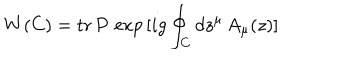
LaTeX: W ( C ) = \mathrm { t r } \, P \, \exp \, [ i g \oint _ { C } d z ^ { \mu } \, A _ { \mu } ( z ) ]